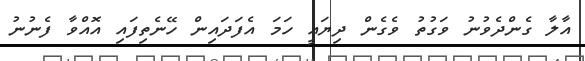
އާލާ ގެންދެވުނު ވަގުތު ވެގެން ދިޔައީ ހަމަ އެފަދައިން ހޭނެތިފައި އޮއްވާ ފެނުނު